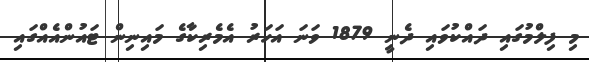
މި ފިލްމުގައި ދައްކުވައި ދެނީ 1879 ވަނަ އަހަރު އެމެރިކާގެ މައިނިން ޓައުންއެއްގައި